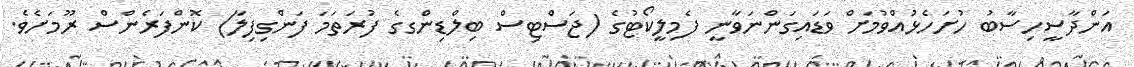
އަންދާސީހިސާބު ހުށަހެޅުއްވުމަށް ވަޑައިގަންނަވާނީ ފެމިލީކޯޓުގެ (ޖަސްޓިސް ބިލްޑިންގގެ ފުރަތަމަ ފަންގިފިލާ) ކޮންފަރެންސް ރޫމަށެވެ.